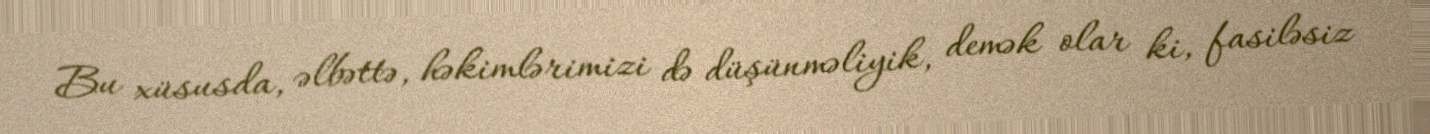
Bu xüsusda, əlbəttə, həkimlərimizi də düşünməliyik, demək olar ki, fasiləsiz